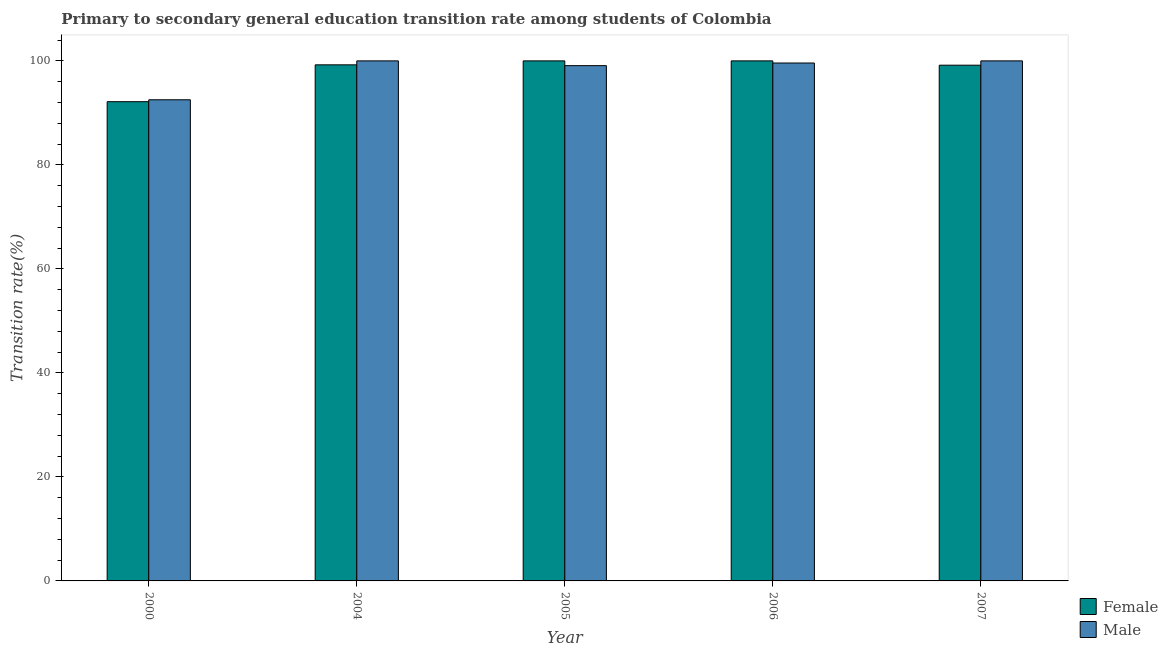
| Year | Female | Male |
 | --- | --- | --- |
 | 2000 | 92.2 | 92.5 |
 | 2004 | 99.2 | 100 |
 | 2005 | 100 | 99.1 |
 | 2006 | 100 | 99.6 |
 | 2007 | 99.2 | 100 |